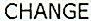
CHANGE